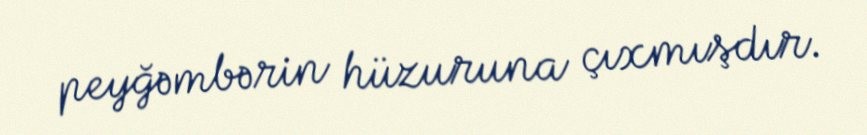
peyğəmbərin hüzuruna çıxmışdır.